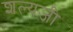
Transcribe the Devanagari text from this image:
शल्यजी